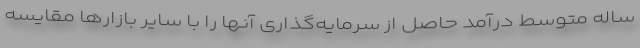
ساله متوسط درآمد حاصل از سرمایه‌گذاری آنها را با سایر بازارها مقایسه